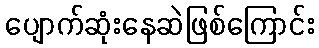
ပျောက်ဆုံးနေဆဲဖြစ်ကြောင်း